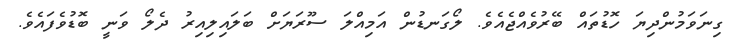
ގިނަވަމުންދިޔަ ހޮޑުތައް ބޭރުވެއްޖެއެވެ. ލޯގަނޑުން އަމިއްލަ ސޫރަޔަށް ބަލައިލިއިރު ދެލޯ ވަނީ ބޮޑުވެފައެވެ.